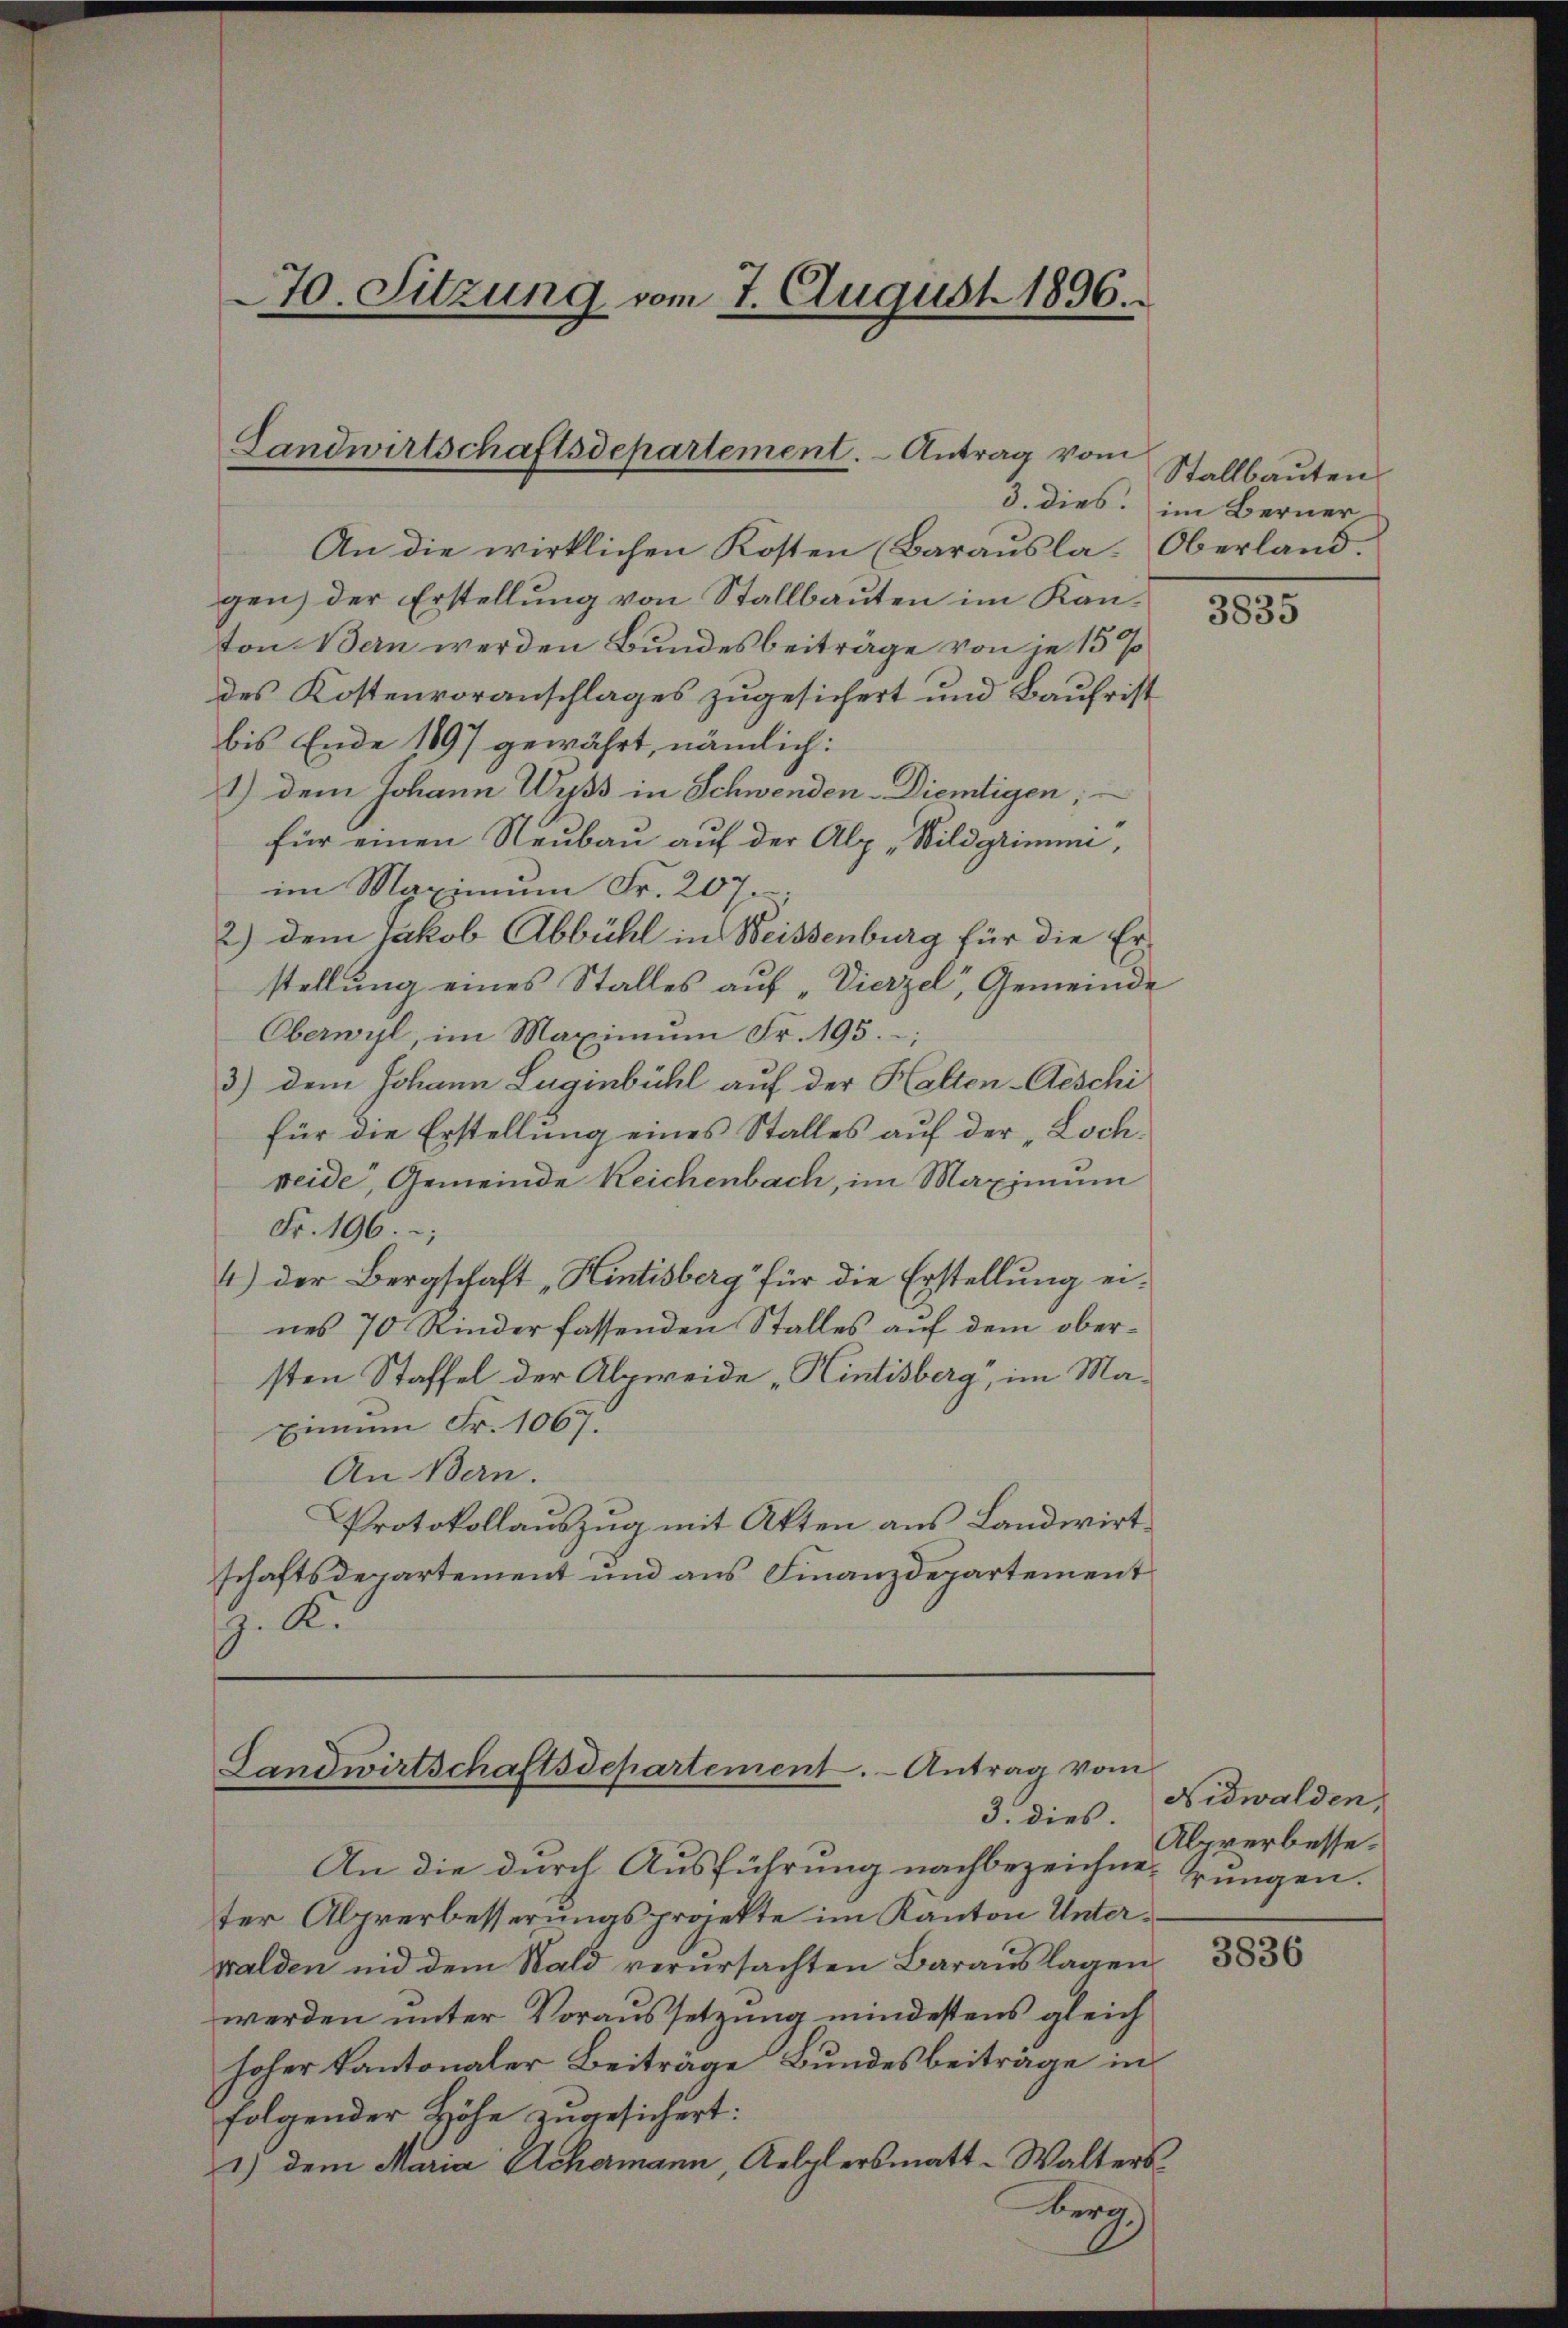
70. Sitzung vom 7. August 1896.

Landwirtschaftsdepartement. - Antrag vom

Landwirtschaftsdepartement. Antrag vom

An die wirklichen Kosten (Barausla. Oberland.
gen) der Erstellung von Stallbauten im Kanton Ban werden Bundesbeiträge von je 15%
des Kostenvoranschlages zugesichert und Baufrist
bis Ende 1897 gewährt, nämlich:
1) dem Johann Wyss in Schwenden-Diemligen;
für einen Neubau auf der Alp, Wildgrimm,
im Maximum Fr. 207.
2) dem Jakob Abbühl in Weissenburg für die Erstellung eines Stalles auf „Vierzel, Gemeinde
Oberwyl, im Maximŭm Fr. 195.
3) dem Johann Luginbühl auf der Halten-Aeschi
für die Erstellung eines Stalles auf der Lochweide, Gemeinde Reichenbach, im Maximum
Fr. 196.
4.) Der Bergschaft „Hintisberg für die Erstellung eines 70 Rinder fassenden Stalles auf dem obersten Staffel der Alpweide „Hintisberg, im Ma¬
Einem Fr. 1067.
An Bern.
Protokollauszug mit Akten aus Landwirtschaftsdepartement und aus Finanzdepartement
. K.

Stallbauten
3. dies im Berner

3. dies
An die durch Ausführung nachbezeichneter Alprerbesserungsprojekte im Kanton Unterwalden und dem Wald verursachten Baraŭslagen
werden unter Voraussetzung mindestens gleich
hoher kantonaler Beiträge Bundesbeitrage in
folgender Höhe zugesichert:
1) dem Maria Achermann, Aelzlersmatt-Walters
Kerz

3835

Nidwalden,
Alprerbesse.
rrungen.

3836